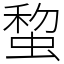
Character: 䖿